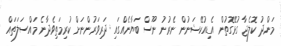
މަންދު ކޮލެޖާ ގުޅޭގޮތުން އެޑިއުކޭޝަނުން ނެރުނު ނޫސް ބަޔާނެއްގައި ދަރިވަރުންނަށް ކުރިމަތިވެދާނެ މައްސަލަތައް